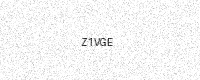
Text: Z1VGE